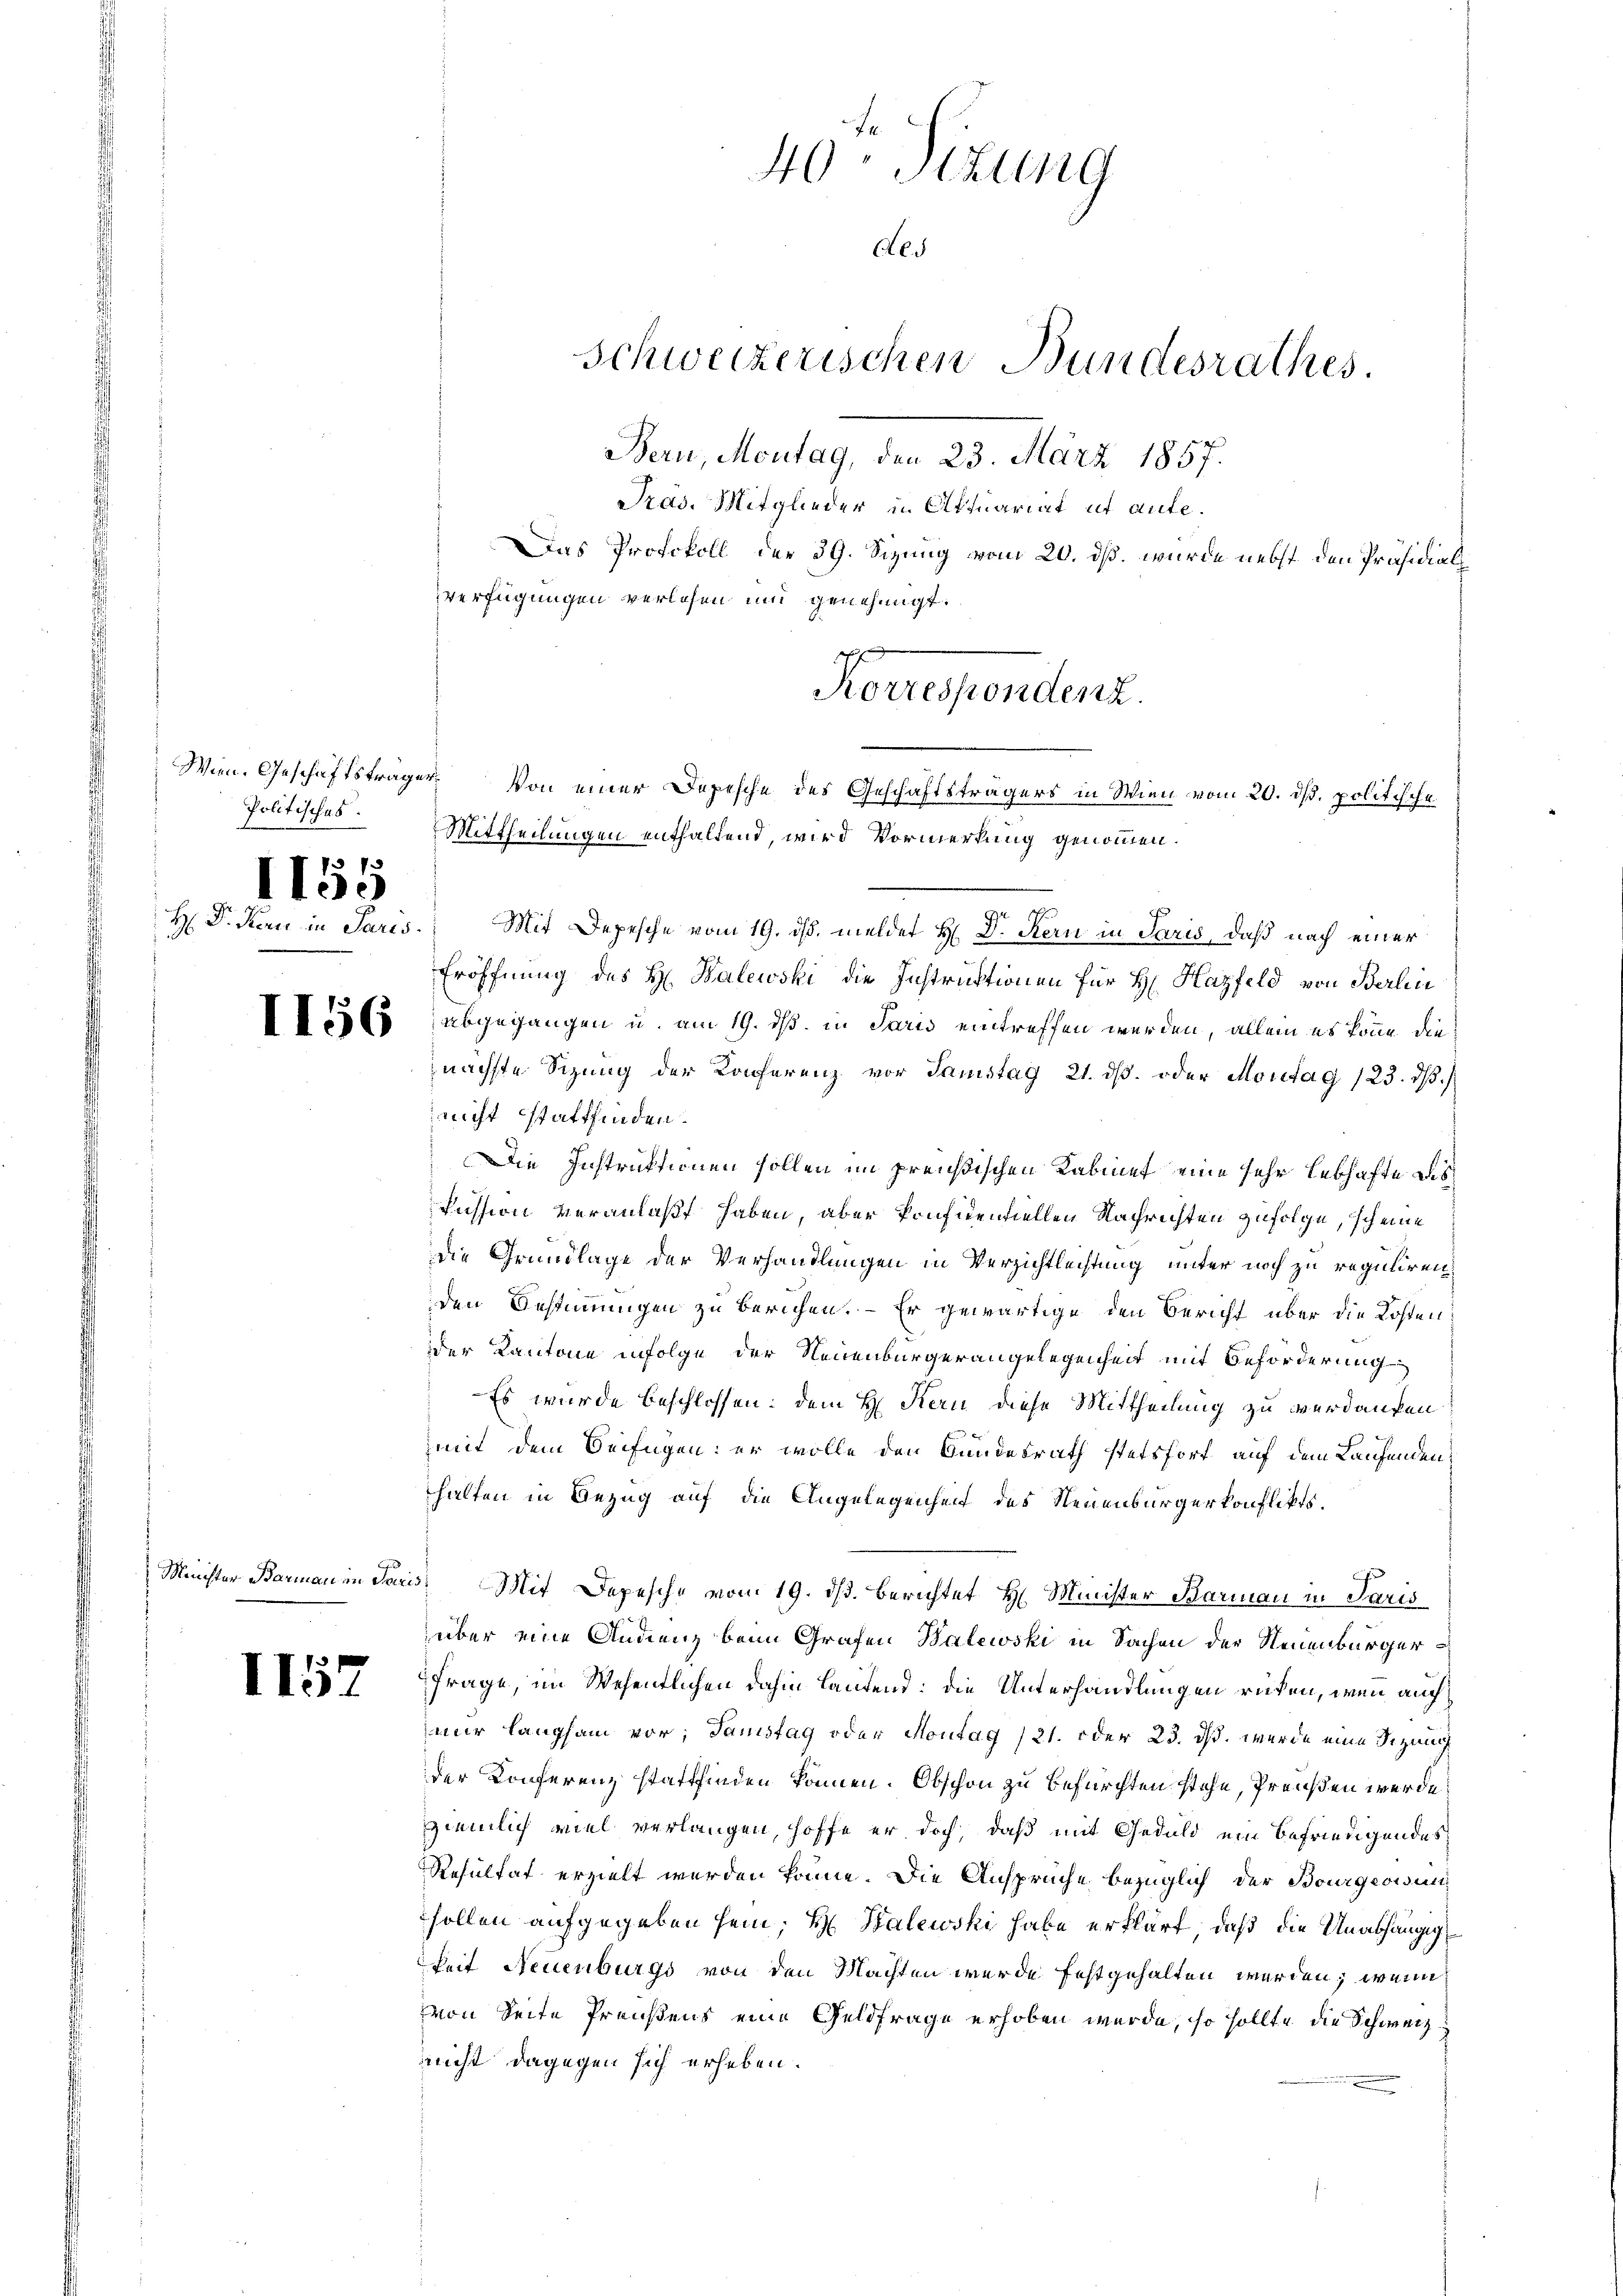
Wien. Geschäftsträger

1155

1157

40 Sekung
Als
Schweizerischen Bundesrathes
Bern, Montag, den 23. März 1857.
Pras. Mitglieder u. Aktuariat ut aufe¬
Das Protokoll der 39. Sizung vom 20. ds. wurde nebst den Präsidials
verfügungen verlesen und genehmigt.
Korrespondenz.
Von einer Depesche des Geschäftsträgers in Wien vom 20. ds. politische
Politisches Mittheilungen enthaltend, wird Vormerkung genommen.

r
H Dr. Kern in Paris. Mit Depesche vom 19. ds. meldet H. D. Kern in Paris, daß nach einer
Eröffnung des H. Balewski die Instruktionen für H: Hazfeld von Berlin
868 abgegangen u. am 19. ds. in Paris eintreffen werden, allein es könne die
nächste Sitzŭng der Konferenz vor Samstag 21. dβ. oder Montag 123. dβ.
nicht stattfinden.
Die Instruktionen sollen im preußischen Kabinet eine sehr lebhafte des
fussion veranlaßt haben, aber konfidentiellen Nachrichten zufolge, scheine
die Grundlage der Verhandlungen in Verzichtlechtung unter noch zu regulirenden Bestimmungen zu berichen. - Er gewärtige den Bericht über die Kostender Kantone infolge der Neuenburgerangelegenheit mit Beförderung
Es wurde beschlossen: dem H. Kern diese Mittheilung zu verdanken
mit dem Verfügen: er wolle den Bundesrath stetsfort auf dem Laufenden,
halten in Bezug auf die Angelegenheit des Neuenburgerkonfliktsf
Minister Barman in Paris, Mit Depesche vom 19. ds. Berichtet H. Minister Barmann in Paris
über eine Andenz beim Grafen Balewski in Sachen der Neuenburger¬
Frage, im Wesentlichen dahin lautend: die Unterhandlungen rücken, wenn auch
nir langsam vor; Samstag oder Montag /21. oder 23. ds. wurde eine Sizung
der Konferenz stattfinden können. Obschon zu befürchten stehe, Preußen werde
ziemlich viel verlangen, hoffe er doch, daß mit Geduld ein befriedigendes
Resultat erzielt werden könne. Die Ansprüche bezüglich der Bourgeoisin
sollen aufgegeben sein; H. Balewski habe erklärt, daß die Unabhängig
heit Neuenburgs von den Machten wurde festgehalten werden; wenn
von Seite Preußens eine Geldfrage erhoben wurde, so sollte die Schweiz
nicht dagegen sich erheben.